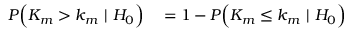
\begin{array} { r l } { P \Big ( K _ { m } > k _ { m } \ | \ H _ { 0 } \Big ) } & { { } = 1 - P \Big ( K _ { m } \leq k _ { m } \ | \ H _ { 0 } \Big ) } \end{array}